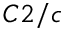
C 2 / c